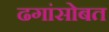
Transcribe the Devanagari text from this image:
ढगांसोबत